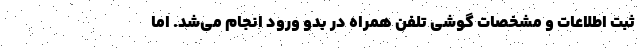
ثبت اطلاعات و مشخصات گوشی تلفن همراه در بدو ورود انجام می‌شد. اما